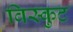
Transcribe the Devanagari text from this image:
विस्कुट